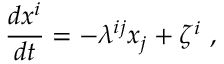
\frac { d x ^ { i } } { d t } = - \lambda ^ { i j } x _ { j } + \zeta ^ { i } \ ,